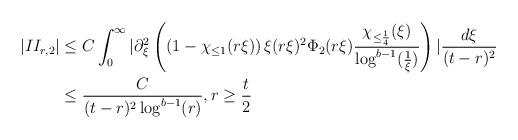
LaTeX: \begin{align*} |II_{r,2}| &\leq C \int_{0}^{\infty} |\partial_{\xi}^{2}\left(\left(1-\chi_{\leq 1}(r \xi)\right) \xi (r\xi)^{2} \Phi_{2}(r \xi) \frac{\chi_{\leq \frac{1}{4}}(\xi)}{\log^{b-1}(\frac{1}{\xi})}\right)|\frac{d\xi}{(t-r)^{2}}\\&\leq \frac{C}{(t-r)^{2}\log^{b-1}(r)}, r \geq \frac{t}{2}\end{align*}